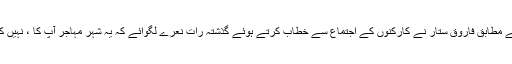
میڈیا رپورٹس کے مطابق فاروق ستار نے کارکنوں کے اجتماع سے خطاب کرتے ہوئے گذشتہ رات نعرے لگوائے کہ یہ شہر مہاجر آپ کا ، نہیں کسی کے باپ کا ۔